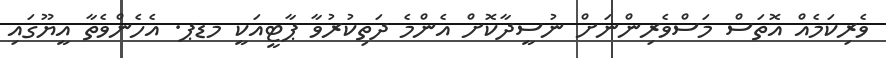
ވެރިކަމެއް އޮތަސް މަސްވެރިންނަށް ނުސީދާކޮށް އެންމެ ދަތިކުރުވާ ޕާޓީއަކީ މޑޕ. އެހެންވެތާ އީޔޫގައި